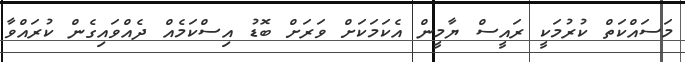
މަސައްކަތް ކުރުމަކީ ރައީސް ޔާމީން އެކަމަކަށް ވަރަށް ބޮޑު އިސްކަމެއް ދެއްވައިގެން ކުރައްވާ